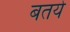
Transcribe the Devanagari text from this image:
बतये